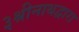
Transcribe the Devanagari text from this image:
३श्रीनाथद्वारा